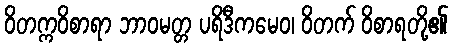
ဝိတက္ကဝိစာရာ ဘာဝမတ္တ ပရိဒီကမေဝ၊ ဝိတက် ဝိစာရတို့၏